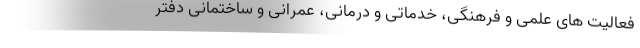
فعالیت های علمی و فرهنگی، خدماتی و درمانی، عمرانی و ساختمانی دفتر